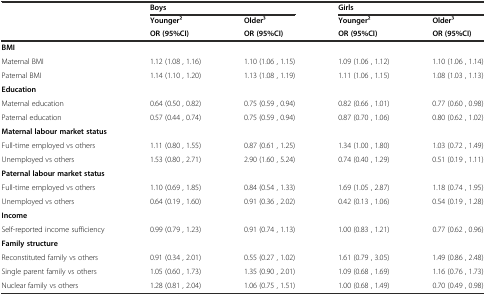
<table><thead><tr><td></td><td colspan="2"><b>Boys</b></td><td colspan="2"><b>Girls</b></td></tr><tr><td></td><td><b>Younger2</b></td><td><b>Older3</b></td><td><b>Younger2</b></td><td><b>Older3</b></td></tr><tr><td></td><td><b>OR (95%CI)</b></td><td><b>OR (95%CI)</b></td><td><b>OR (95%CI)</b></td><td><b>OR (95%CI)</b></td></tr></thead><tbody><tr><td><b>BMI</b></td><td></td><td></td><td></td><td></td></tr><tr><td>Maternal BMI</td><td>1.12 (1.08 , 1.16)</td><td>1.10 (1.06 , 1.15)</td><td>1.09 (1.06 , 1.12)</td><td>1.10 (1.06 , 1.14)</td></tr><tr><td>Paternal BMI</td><td>1.14 (1.10 , 1.20)</td><td>1.13 (1.08 , 1.19)</td><td>1.11 (1.06 , 1.15)</td><td>1.08 (1.03 , 1.13)</td></tr><tr><td><b>Education</b></td><td></td><td></td><td></td><td></td></tr><tr><td>Maternal education</td><td>0.64 (0.50 , 0.82)</td><td>0.75 (0.59 , 0.94)</td><td>0.82 (0.66 , 1.01)</td><td>0.77 (0.60 , 0.98)</td></tr><tr><td>Paternal education</td><td>0.57 (0.44 , 0.74)</td><td>0.75 (0.59 , 0.94)</td><td>0.87 (0.70 , 1.06)</td><td>0.80 (0.62 , 1.02)</td></tr><tr><td><b>Maternal labour market status</b></td><td></td><td></td><td></td><td></td></tr><tr><td>Full-time employed vs others</td><td>1.11 (0.80 , 1.55)</td><td>0.87 (0.61 , 1.25)</td><td>1.34 (1.00 , 1.80)</td><td>1.03 (0.72 , 1.49)</td></tr><tr><td>Unemployed vs others</td><td>1.53 (0.80 , 2.71)</td><td>2.90 (1.60 , 5.24)</td><td>0.74 (0.40 , 1.29)</td><td>0.51 (0.19 , 1.11)</td></tr><tr><td><b>Paternal labour market status</b></td><td></td><td></td><td></td><td></td></tr><tr><td>Full-time employed vs others</td><td>1.10 (0.69 , 1.85)</td><td>0.84 (0.54 , 1.33)</td><td>1.69 (1.05 , 2.87)</td><td>1.18 (0.74 , 1.95)</td></tr><tr><td>Unemployed vs others</td><td>0.64 (0.19 , 1.60)</td><td>0.91 (0.36 , 2.02)</td><td>0.42 (0.13 , 1.06)</td><td>0.54 (0.19 , 1.28)</td></tr><tr><td><b>Income</b></td><td></td><td></td><td></td><td></td></tr><tr><td>Self-reported income sufficiency</td><td>0.99 (0.79 , 1.23)</td><td>0.91 (0.74 , 1.13)</td><td>1.00 (0.83 , 1.21)</td><td>0.77 (0.62 , 0.96)</td></tr><tr><td><b>Family structure</b></td><td></td><td></td><td></td><td></td></tr><tr><td>Reconstituted family vs others</td><td>0.91 (0.34 , 2.01)</td><td>0.55 (0.27 , 1.02)</td><td>1.61 (0.79 , 3.05)</td><td>1.49 (0.86 , 2.48)</td></tr><tr><td>Single parent family vs others</td><td>1.05 (0.60 , 1.73)</td><td>1.35 (0.90 , 2.01)</td><td>1.09 (0.68 , 1.69)</td><td>1.16 (0.76 , 1.73)</td></tr><tr><td>Nuclear family vs others</td><td>1.28 (0.81 , 2.04)</td><td>1.06 (0.75 , 1.51)</td><td>1.00 (0.68 , 1.49)</td><td>0.70 (0.49 , 0.98)</td></tr></tbody></table>